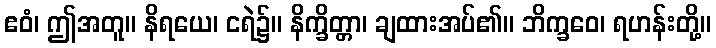
ဧဝံ၊ ဤအတူ။ နိရယေ၊ ငရဲ၌။ နိက္ခိတ္တာ၊ ချထားအပ်၏။ ဘိက္ခဝေ၊ ရဟန်းတို့။